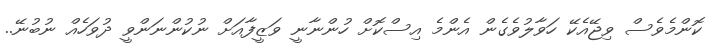
ކޮންމެވެސް ވިޖޭއެކޭ ހަވާލުވެގެން އެންމެ އިސްކޮށް ހުންނާނީ ވަޒީފާއަށް ނުކުންނަންވީ ދުވަހެއް ނުބުނޭ..